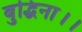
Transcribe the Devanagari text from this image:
बुद्धिना।।